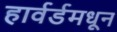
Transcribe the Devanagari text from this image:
हार्वर्डमधून